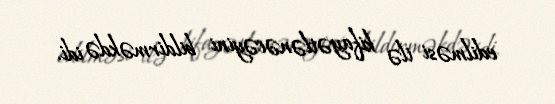
edilməsi ilə kifayətlənəcəyini bildirməkdə idi.